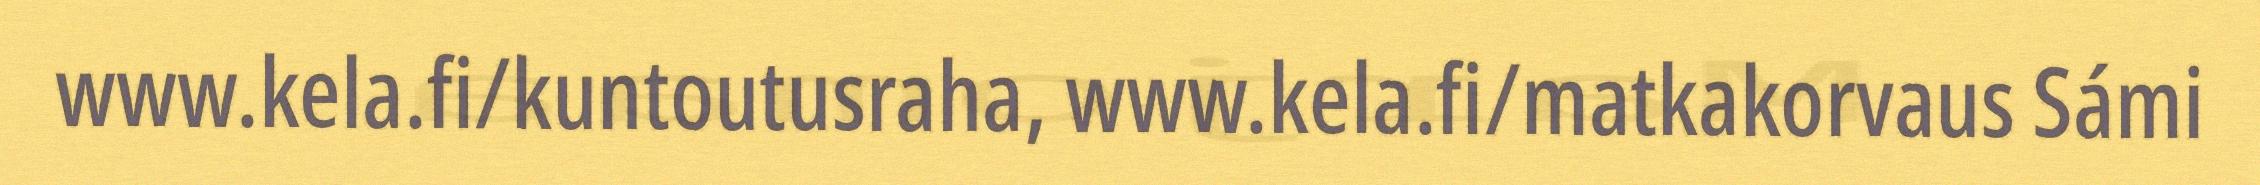
www.kela.fi/kuntoutusraha, www.kela.fi/matkakorvaus Sámi